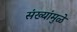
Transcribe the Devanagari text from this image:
संख्यांमुळे